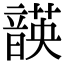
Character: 韺